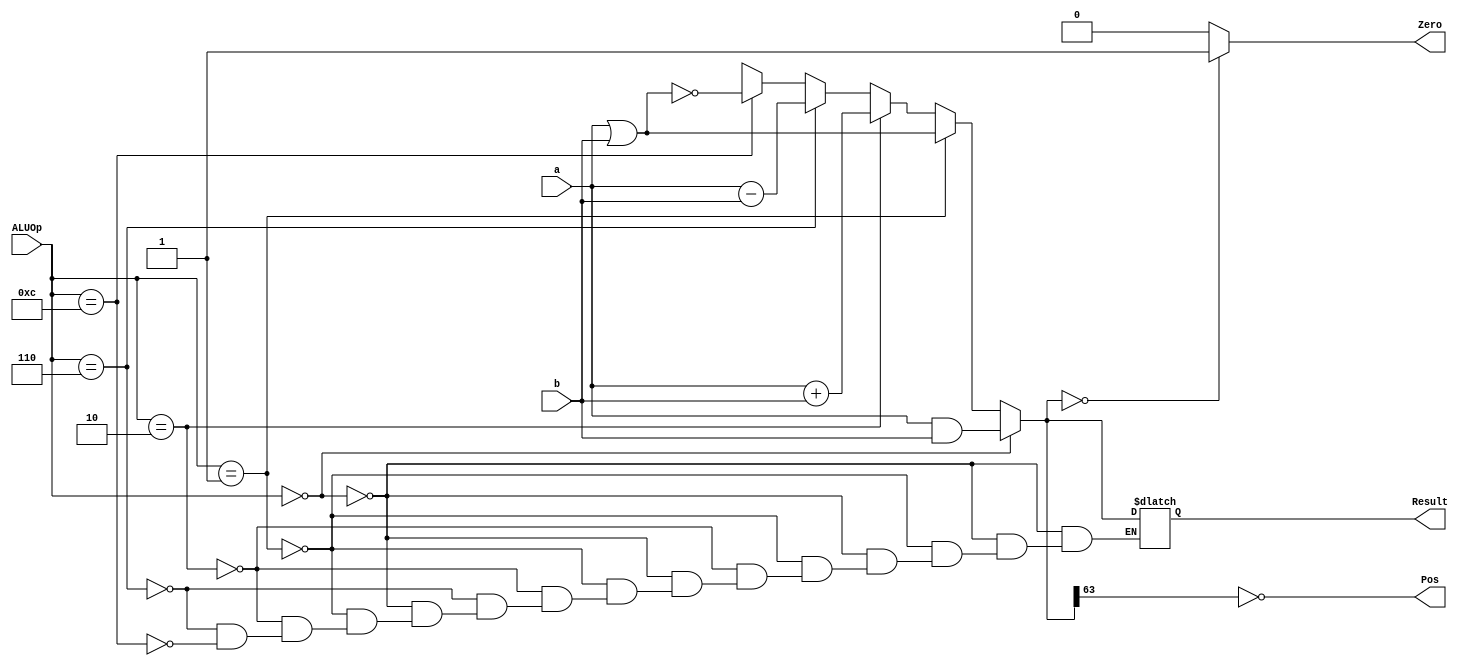
module ALU_64_bit(a, b, ALUOp, Zero, Result, Pos);
  
  input [63:0] a;
  input [63:0] b;
  input [3:0]ALUOp;
  output reg Zero;
  output reg [63:0] Result;
  output reg Pos;
  
  
  always @(*) begin
    if (ALUOp == 4'b0000) begin
     Result = a & b;
  end
    else if (ALUOp == 4'b0001) begin
     Result = a | b;
  end
    else if (ALUOp == 4'b0010) begin
     Result = a + b;
  end
    else if (ALUOp == 4'b0110) begin
     Result = a - b;
  end
    else if (ALUOp == 4'b1100) begin
      Result = ~(a|b);
  end
    if (Result == 0)
      Zero = 1;
    else
      Zero = 0;
    Pos <= ~Result[63];
  end
endmodule